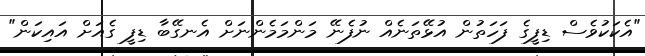
"އެކަކުވެސް ޑިފީގެ ފަހަތުން އުޅޭތަނެއް ނުފެނޭ މަންމަމެންނަށް އެނގޭބާ ޑިފީ ގެއަށް އައިކަން"